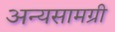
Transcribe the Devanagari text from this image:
अन्यसामग्री